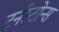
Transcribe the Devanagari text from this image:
टर्नस्टोन्स